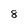
Character: 8